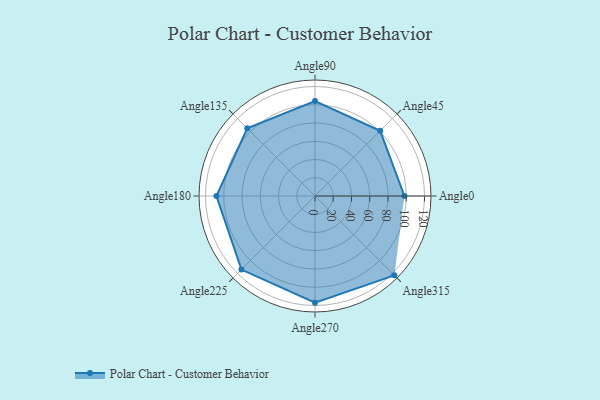
{"axis": {"x": "Angle", "y": "Radius"}, "legend": [""], "data": [{"x": "Angle0", "y": 98.0, "type": ""}, {"x": "Angle45", "y": 101.0, "type": ""}, {"x": "Angle90", "y": 104.0, "type": ""}, {"x": "Angle135", "y": 105.0, "type": ""}, {"x": "Angle180", "y": 108.0, "type": ""}, {"x": "Angle225", "y": 114.0, "type": ""}, {"x": "Angle270", "y": 117.0, "type": ""}, {"x": "Angle315", "y": 123.0, "type": ""}]}